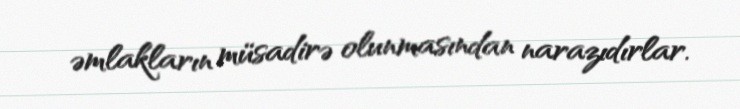
əmlakların müsadirə olunmasından narazıdırlar.